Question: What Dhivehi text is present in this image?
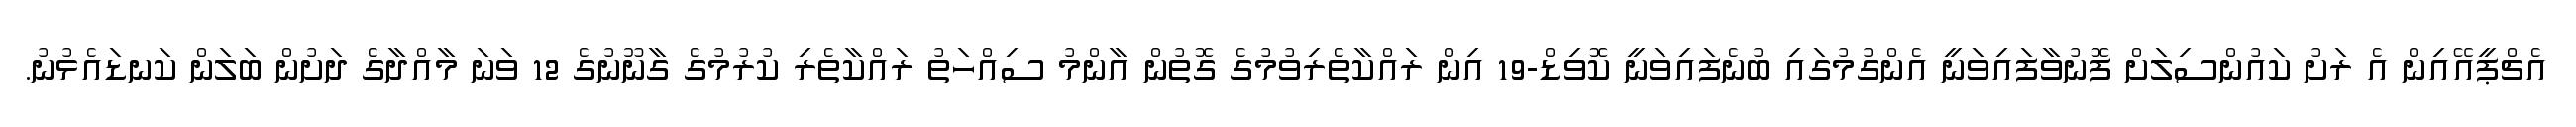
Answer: އެޗްޕީއޭއިން އެ ރަށު ކައުންސިލަށް ފޮނުވާފައިވަނީ އެންގުމުގައި ބުނެފައިވަނީ ކޮވިޑް-19 އިން ރައްކާތެރިވުމުގެ ގޮތުން އާންމު ސިއްހަތު ރައްކާތެރި ކުރުމުގެ ގާނޫނުގެ 12 ވަނަ މާއްދާގެ ދަށުން ބަލަން ކަނޑައެޅުނު.